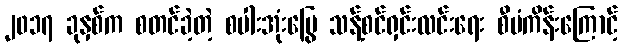
၂၀၁၇ ခုနှစ်က စတင်ခဲ့တဲ့ စပါးအုံးမြွေ သန့်စင်ရှင်းလင်းရေး စီမံကိန်းကြောင့်